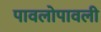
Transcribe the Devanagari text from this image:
पावलोपावली